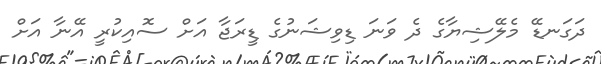
ދަގަނޑޭ މެލޭޝިޔާގެ ދެ ވަނަ ޑިވިޝަނުގެ ޑީރަޖާ އަށް ސޮއިކުރީ އޭނާ އަށް